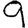
Digit: 9